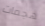
هجمات